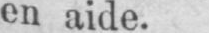
en aide.